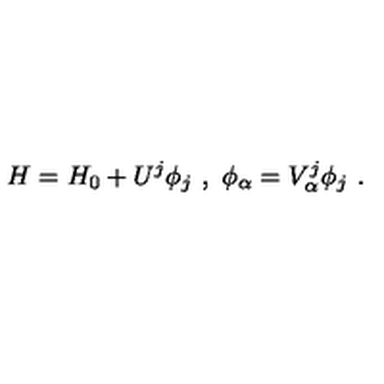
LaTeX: H = H _ { 0 } + U ^ { j } \phi _ { j } \ , \ \phi _ { \alpha } = V _ { \alpha } ^ { j } \phi _ { j } \ .